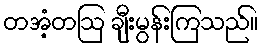
တအံ့တဩ ချီးမွန်းကြသည်။